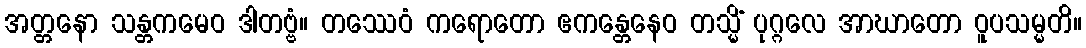
အတ္တနော သန္တကမေဝ ဒါတဗ္ဗံ။ တဿေဝံ ကရောတော ဧကန္တေနေဝ တသ္မိံ ပုဂ္ဂလေ အာဃာတော ဝူပသမ္မတိ။